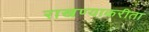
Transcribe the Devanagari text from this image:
राखण्याकरीता